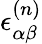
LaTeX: \epsilon_{\alpha\beta}^{(n)}